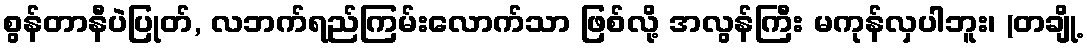
စွန်တာနီပဲပြုတ်, လဘက်ရည်ကြမ်းလောက်သာ ဖြစ်လို့ အလွန်ကြီး မကုန်လှပါဘူး၊ (တချို့